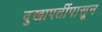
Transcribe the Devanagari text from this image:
दुखापतींपासून